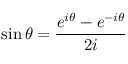
\sin \theta = { \frac { e ^ { i \theta } - e ^ { - i \theta } } { 2 i } }